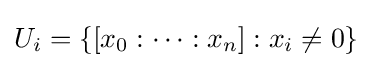
U_{i}=\{[x_{0}:\cdots :x_{n}]:x_{i}\neq 0\}